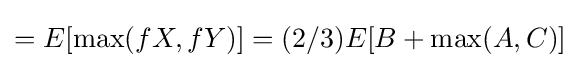
=E[\max(fX,fY)]=(2/3)E[B+\max(A,C)]